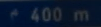
^{\circ}400\mathrm